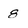
Character: 8